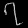
Digit: ၇